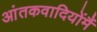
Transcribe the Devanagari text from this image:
आंतकवादियोंमैं